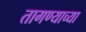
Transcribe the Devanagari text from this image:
तागण्याच्या